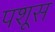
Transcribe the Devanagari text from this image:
पशूस